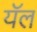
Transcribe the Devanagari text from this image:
यॅल